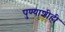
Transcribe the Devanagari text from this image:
पुण्याशीही